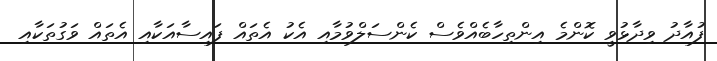
ފުއާދު ވިދާޅުވީ ކޮންމެ އިންތިހާބެއްވެސް ކެންސަލްވުމާއި އެކު އެތައް ފައިސާއަކާއި އެތައް ވަގުތަކާއި